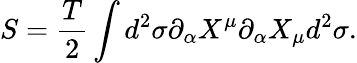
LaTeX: S={\frac{T}{2}}\int d^{2}\sigma\partial_{\alpha}X^{\mu}\partial_{\alpha}X_{\mu}d^{2}\sigma.